NAE_ERA_R-1665_Eesti_Kunstnike_Liit, lk 5
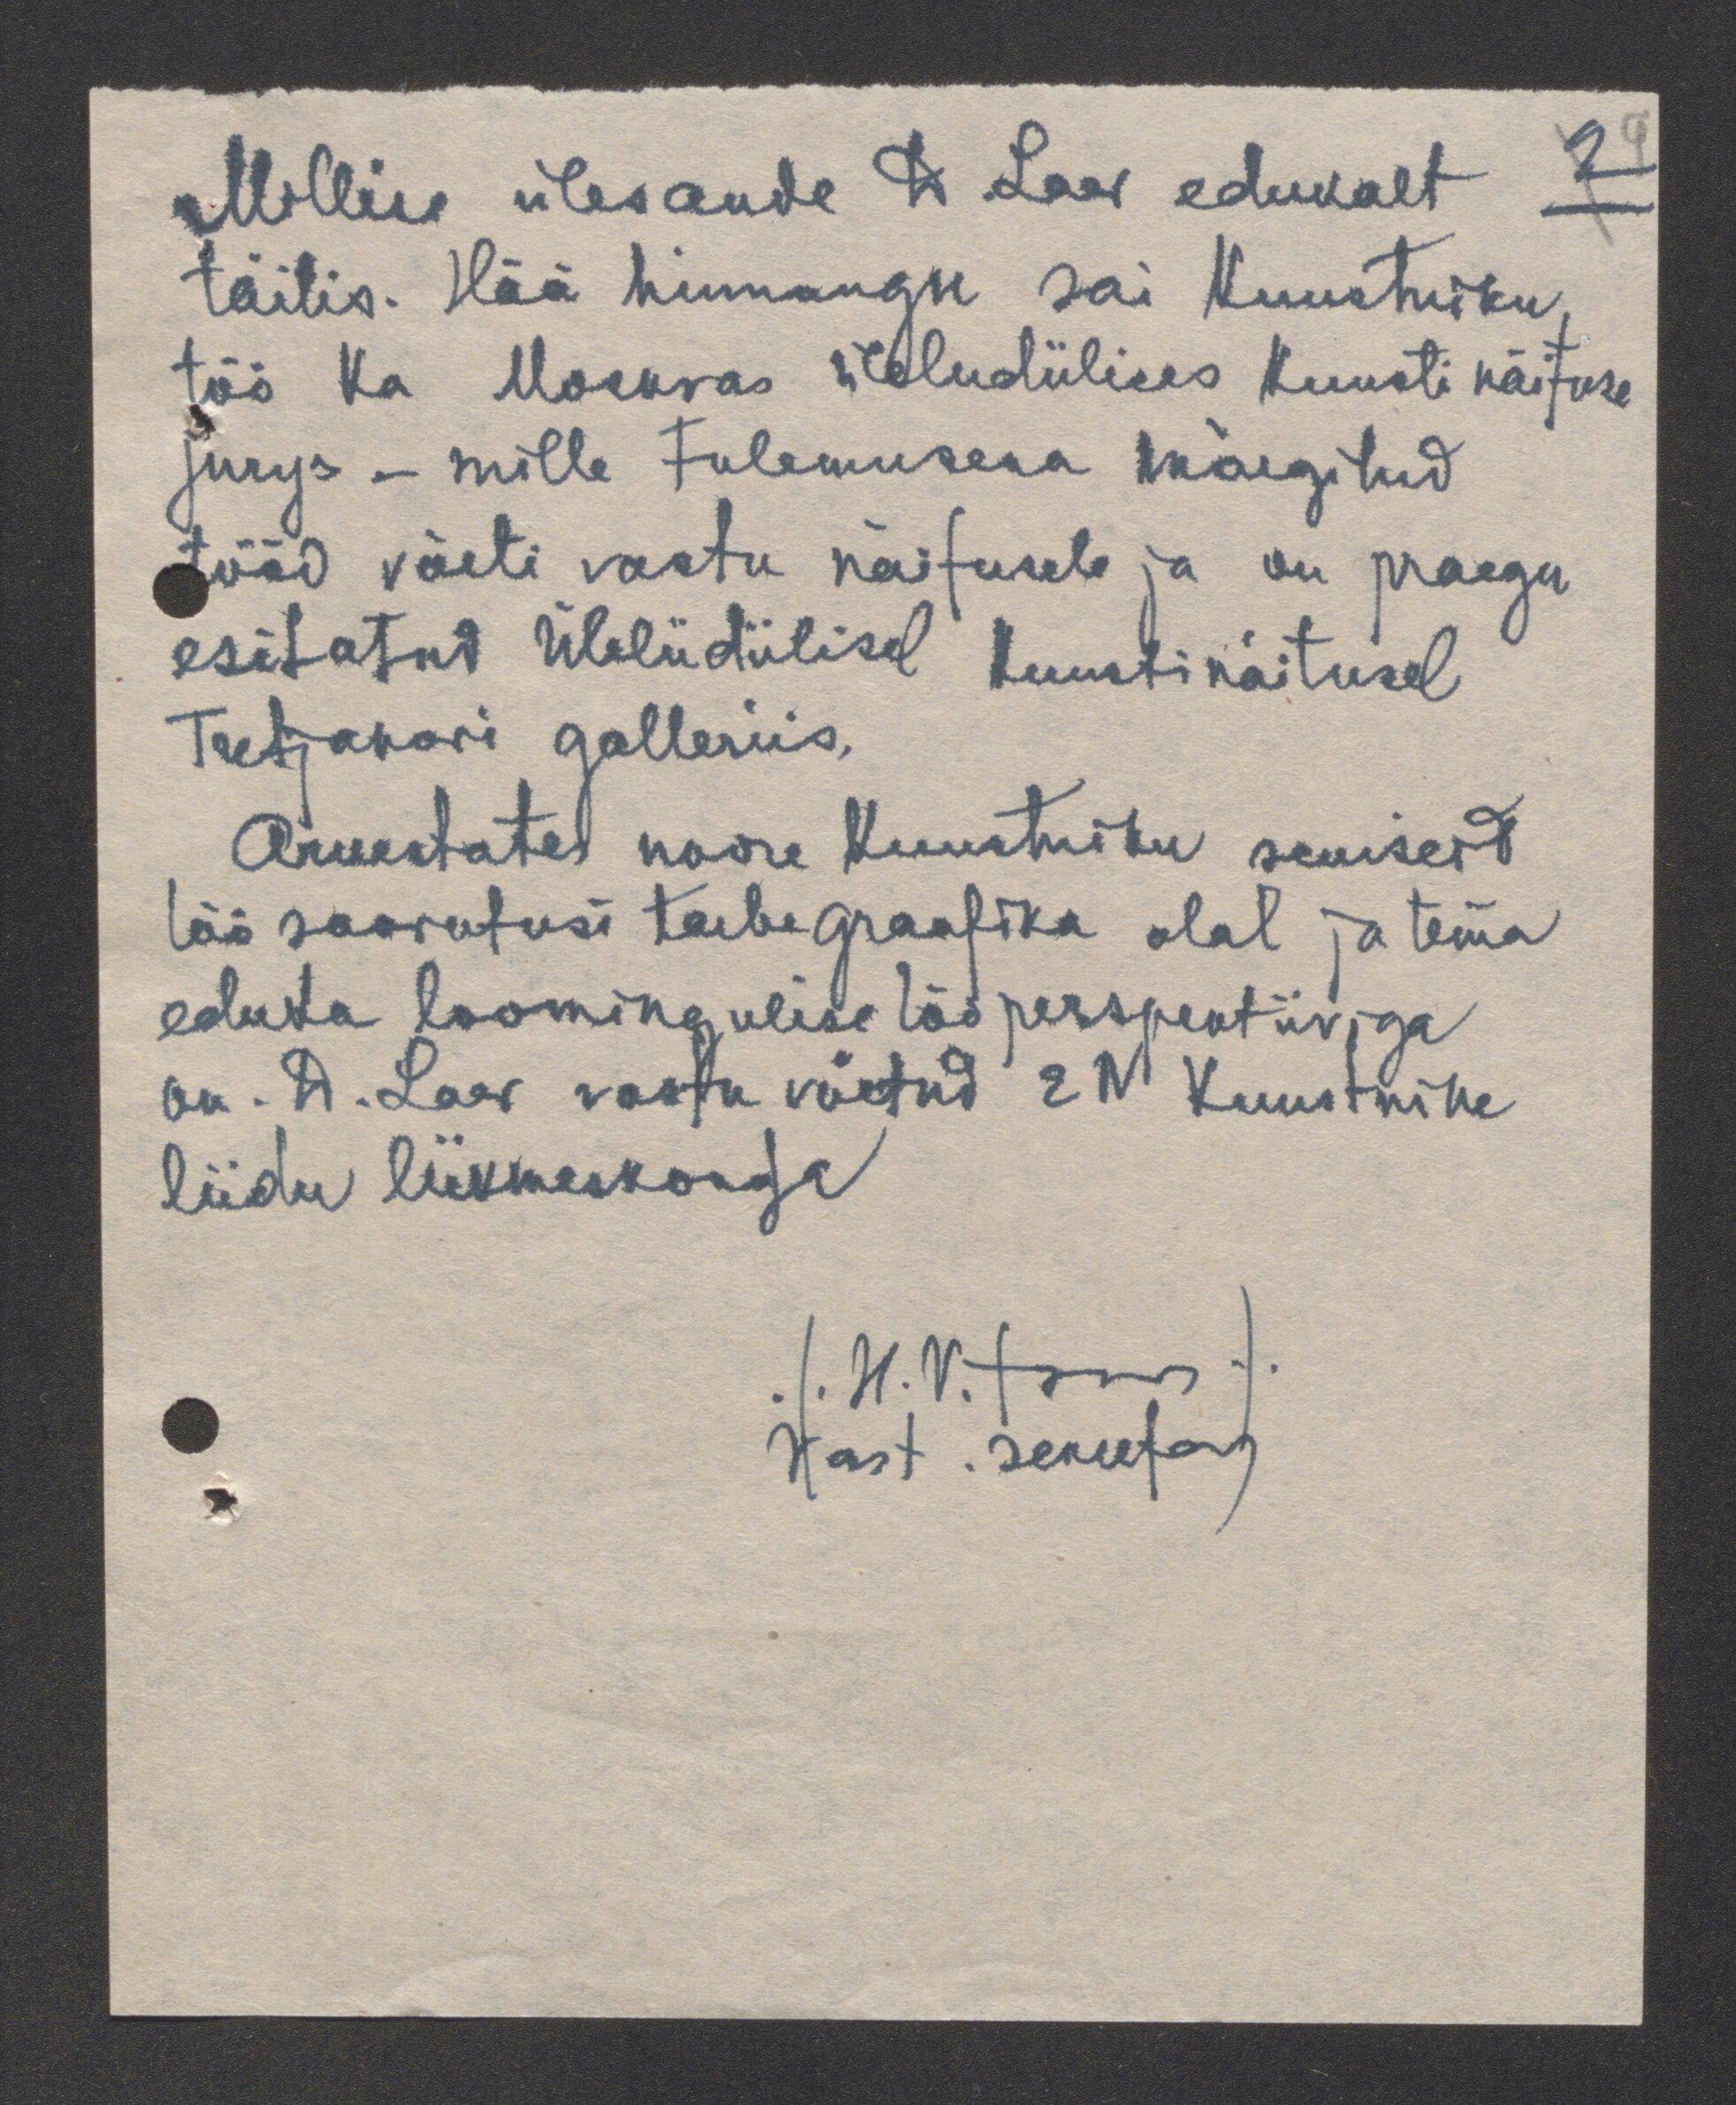
Millise ülesande D. Laev edukalt
2
täitis. Hää hinnangu sai kunstniku
töö ka Moskvas üleliidülises kunsti näituse
jurys - mille tulemusena märgitud
tööd võeti vastu näitusele ja on praegu
esitatud Üleliidülisel kunstinäitusel
Tretjakovi galleriis.
Arvestates noore kunstniku seniseid
töö saavutusi tarbegraafika alal ja tema
eduka loomingulise töö perspektiiviga
on. A. Laev vastu võetud EN Kunstnike
liidu liikmiskonda
(H.Vitsur)
Vast. sekretar